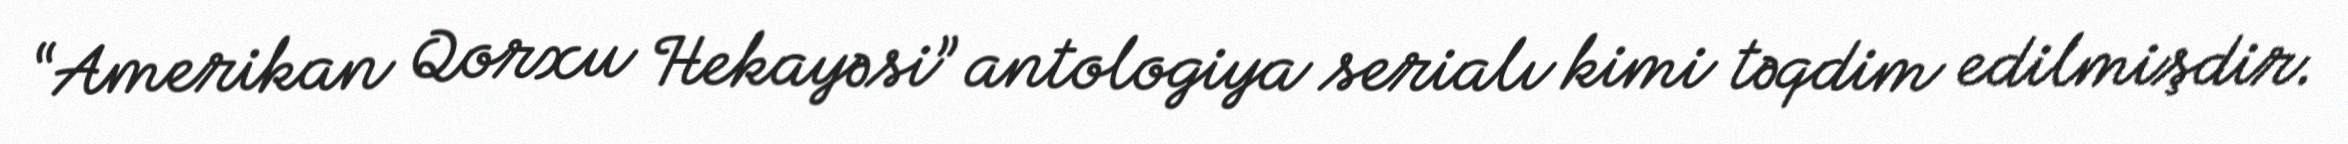
“Amerikan Qorxu Hekayəsi” antologiya serialı kimi təqdim edilmişdir.